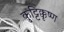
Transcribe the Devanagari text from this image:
कुट्टिक्कृष्ण